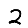
Digit: 2